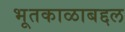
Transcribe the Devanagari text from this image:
भूतकाळाबद्दल